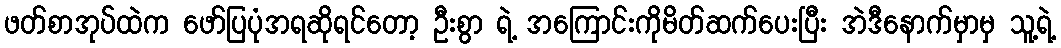
ဖတ်စာအုပ်ထဲက ဖော်ပြပုံအရဆိုရင်တော့ ဦးစွာ ရဲ့ အကြောင်းကိုမိတ်ဆက်ပေးပြီး အဲဒီနောက်မှာမှ သူ့ရဲ့